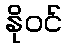
နိုဝင်